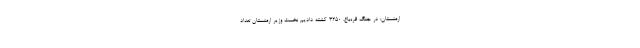
ارمنستان: در جنگ قره‌باغ، ۳۲۵۰ کشته دادیم نخست وزیر ارمنستان تعداد